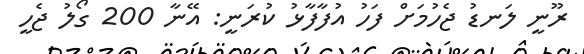
ރޫނީ ލަނޑު ޖެހުމަށް ފަހު އުފާފާޅު ކުރަނީ: އޭނާ 200 ގޯލު ޖެހީ